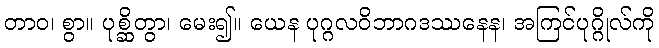
တာဝ၊ စွာ။ ပုစ္ဆိတွာ၊ မေး၍။ ယေန ပုဂ္ဂလဝိဘာဂဒဿနေန၊ အကြင်ပုဂ္ဂိုလ်ကို